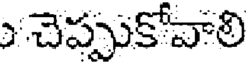
చెప్పుకోవాలి